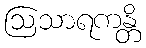
ဩသာရကန္တိ